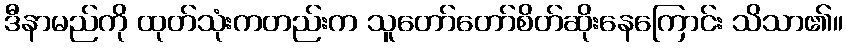
ဒီနာမည်ကို ထုတ်သုံးကတည်းက သူတော်တော်စိတ်ဆိုးနေကြောင်း သိသာ၏။